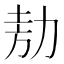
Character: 𭄦